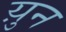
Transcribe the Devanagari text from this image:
य़ुन